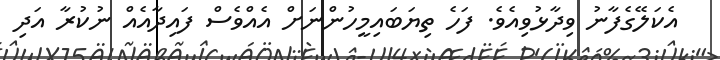
އެކަލޭގެފާނު ވިދާޅުވިއެވެ. ފަހެ ތިޔަބައިމީހުންނަށް އެއްވެސް ފައިދާއެއް ނުކުރާ އަދި